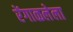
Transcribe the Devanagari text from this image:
रेंगाळलेला